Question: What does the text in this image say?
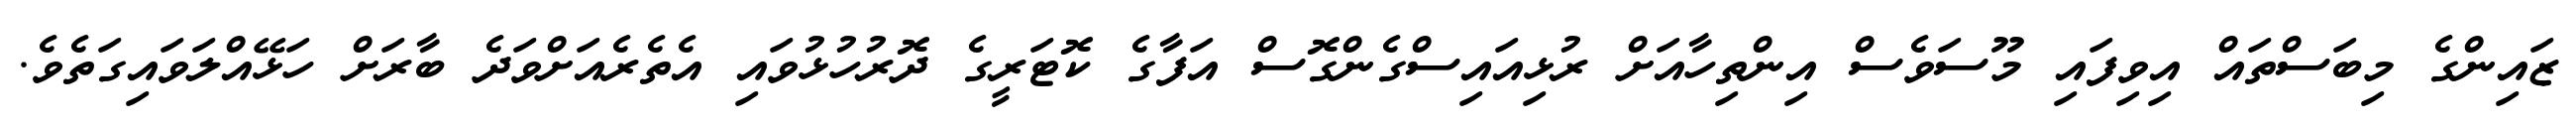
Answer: ޒައިންގެ މިބަސްތައް އިވިފައި މޫސަވެސް އިންތިހާއަށް ރުޅިއައިސްގެންގޮސް އަފާގެ ކޮޓަރީގެ ދޮރުހުޅުވައި އެތެރެއަށްވަދެ ބާރަށް ހަޅޭއްލަވައިގަތެވެ.